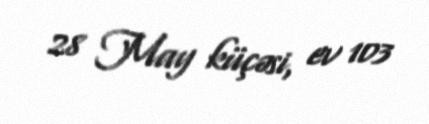
28 May küçəsi, ev 103